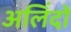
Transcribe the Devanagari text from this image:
अलिंदों